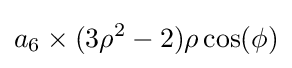
a_{6}\times (3\rho ^{2}-2)\rho \cos(\phi )